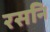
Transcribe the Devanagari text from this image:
रसनि